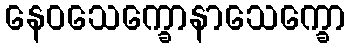
နေဝသေက္ခောနာသေက္ခော